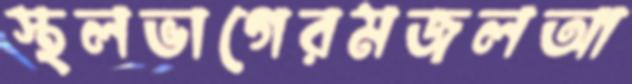
স্থলভাগেরমজলআ